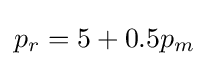
p_{r}=5+0.5p_{m}